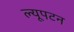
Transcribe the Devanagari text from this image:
ल्यूपटन